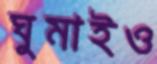
ঘুমাইও